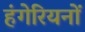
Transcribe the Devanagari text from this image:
हंगेरियनों